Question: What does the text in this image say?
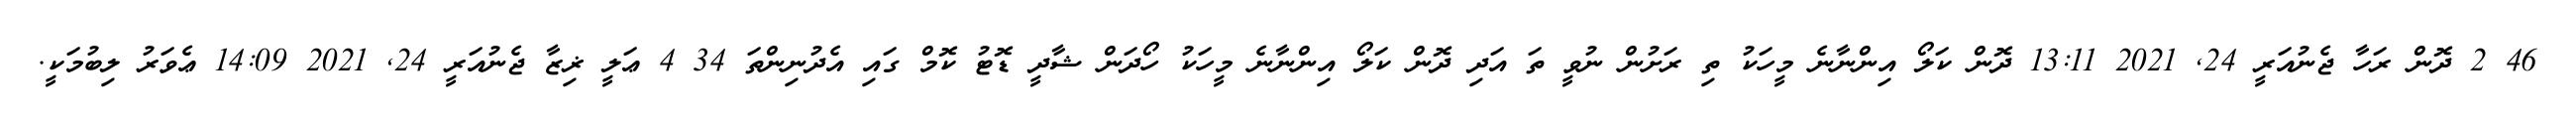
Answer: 46 2 ދޮން ރަހާ ޖެނުއަރީ 24, 2021 13:11 ދޮން ކަލޯ އިންނާނެ މީހަކު ތި ރަށުން ނުވީ ތަ އަދި ދޮން ކަލޯ އިންނާނެ މީހަކު ހޯދަން ޝާދީ ޑޮޓު ކޮމް ގައި އެދުނިންތަ 34 4 ޢަލީ ޜިޒާ ޖެނުއަރީ 24, 2021 14:09 ޢެވަރު ލިބުމަކީ.